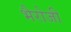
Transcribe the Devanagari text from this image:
भैरोजी